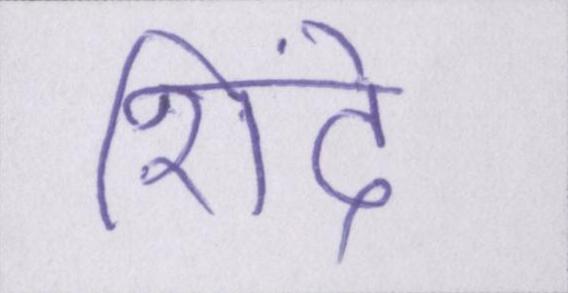
शिंदे